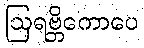
ဩရဗ္ဘိကောပေ